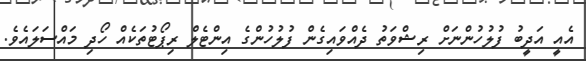
އެއީ އަދީބު ފުލުހުންނަށް ރިޝްވަތު ދެއްވައިގެން ފުލުހުންގެ އިންޓެލް ރިޕޯޓުތަކެއް ހޯދި މައްސަލައެވެ.